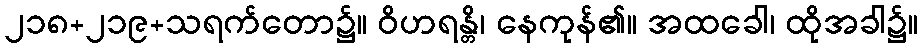
၂၁၈+၂၁၉+သရက်တော၌။ ဝိဟရန္တိ၊ နေကုန်၏။ အထခေါ၊ ထိုအခါ၌။